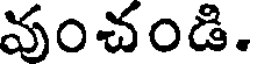
వంచండి.